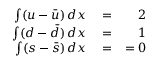
\begin{array} { r l r } { \int ( u - \bar { u } ) \, d x } & { { } = } & { 2 } \\ { \int ( d - \bar { d } ) \, d x } & { { } = } & { 1 } \\ { \int ( s - \bar { s } ) \, d x } & { { } = } & { = 0 } \end{array}